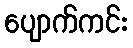
ပျောက်ကင်း